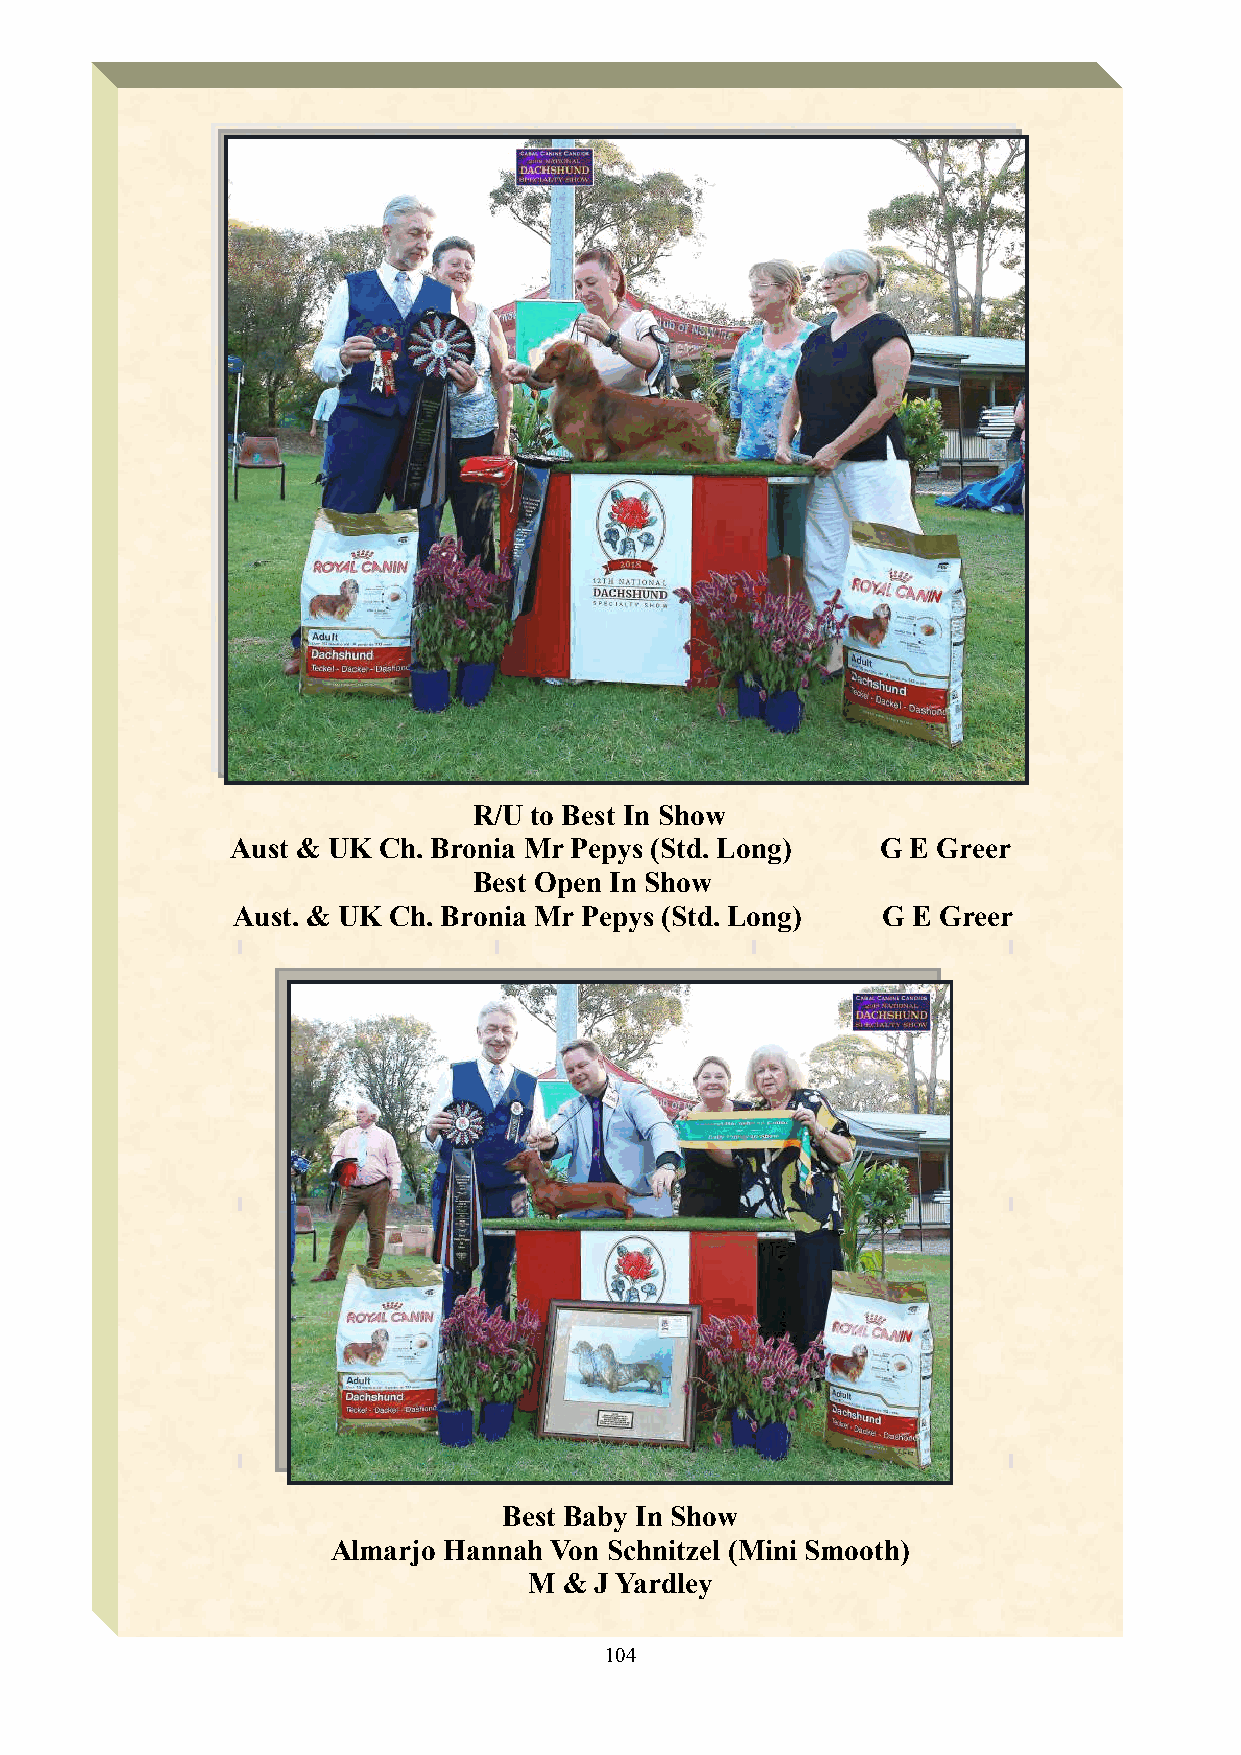
12th National Dachshund Specialty Show Critique
 R/U to Best In Show
 Aust & UK Ch. Bronia Mr Pepys (Std. Long)  G E Greer
 Best Open In Show
 Aust. & UK Ch. Bronia Mr Pepys (Std. Long) G E Greer
 Best Baby In Show
 Almarjo Hannah Von Schnitzel (Mini Smooth)
 M & J Yardley
 104